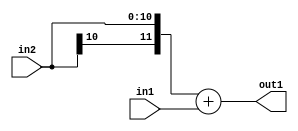
`timescale 1ps / 1ps
/*****************************************************************************
    Verilog RTL Description
    
    
    Created by: Stratus DpOpt 2019.1.01 
*******************************************************************************/

module SobelFilter_Add_11Sx11U_12S_4 (
	in2,
	in1,
	out1
	); /* architecture "behavioural" */ 
input [10:0] in2,
	in1;
output [11:0] out1;
wire [11:0] asc001;

assign asc001 = 
	+({in2[10], in2})
	+(in1);

assign out1 = asc001;
endmodule

/* CADENCE  ubHwTQg= : u9/ySgnWtBlWxVPRXgAZ4Og= ** DO NOT EDIT THIS LINE ******/